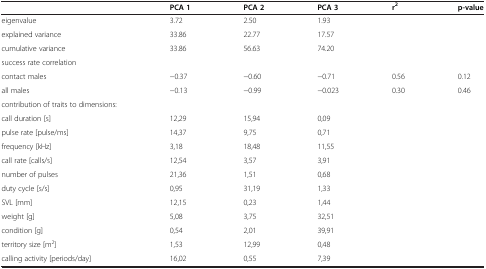
<table><thead><tr><td><b> </b></td><td><b>PCA 1</b></td><td><b>PCA 2</b></td><td><b>PCA 3</b></td><td><b>r<sup>2</sup></b></td><td><b>p-value</b></td></tr></thead><tbody><tr><td>eigenvalue</td><td>3.72</td><td>2.50</td><td>1.93</td><td> </td><td> </td></tr><tr><td>explained variance</td><td>33.86</td><td>22.77</td><td>17.57</td><td> </td><td> </td></tr><tr><td>cumulative variance</td><td>33.86</td><td>56.63</td><td>74.20</td><td> </td><td> </td></tr><tr><td>success rate correlation</td><td> </td><td> </td><td> </td><td> </td><td> </td></tr><tr><td>contact males</td><td>−0.37</td><td>−0.60</td><td>−0.71</td><td>0.56</td><td>0.12</td></tr><tr><td>all males</td><td>−0.13</td><td>−0.99</td><td>−0.023</td><td>0.30</td><td>0.46</td></tr><tr><td>contribution of traits to dimensions:</td><td> </td><td> </td><td> </td><td> </td><td> </td></tr><tr><td>call duration [s]</td><td>12,29</td><td>15,94</td><td>0,09</td><td> </td><td> </td></tr><tr><td>pulse rate [pulse/ms]</td><td>14,37</td><td>9,75</td><td>0,71</td><td> </td><td> </td></tr><tr><td>frequency [kHz]</td><td>3,18</td><td>18,48</td><td>11,55</td><td> </td><td> </td></tr><tr><td>call rate [calls/s]</td><td>12,54</td><td>3,57</td><td>3,91</td><td> </td><td> </td></tr><tr><td>number of pulses</td><td>21,36</td><td>1,51</td><td>0,68</td><td> </td><td> </td></tr><tr><td>duty cycle [s/s]</td><td>0,95</td><td>31,19</td><td>1,33</td><td> </td><td> </td></tr><tr><td>SVL [mm]</td><td>12,15</td><td>0,23</td><td>1,44</td><td> </td><td> </td></tr><tr><td>weight [g]</td><td>5,08</td><td>3,75</td><td>32,51</td><td> </td><td> </td></tr><tr><td>condition [g]</td><td>0,54</td><td>2,01</td><td>39,91</td><td> </td><td> </td></tr><tr><td>territory size [m<sup>2</sup>]</td><td>1,53</td><td>12,99</td><td>0,48</td><td> </td><td> </td></tr><tr><td>calling activity [periods/day]</td><td>16,02</td><td>0,55</td><td>7,39</td><td> </td><td> </td></tr></tbody></table>